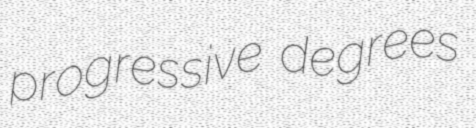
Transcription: progressive degrees